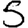
Digit: 5